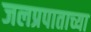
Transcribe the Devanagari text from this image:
जलप्रपाताच्या